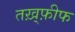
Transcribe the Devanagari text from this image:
तख़्फ़ीफ